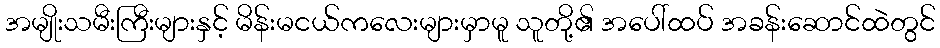
အမျိုးသမီးကြီးများနှင့် မိန်းမငယ်ကလေးများမှာမူ သူတို့၏ အပေါ်ထပ် အခန်းဆောင်ထဲတွင်